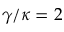
\gamma / \kappa = 2